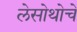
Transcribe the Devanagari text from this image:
लेसोथोचे